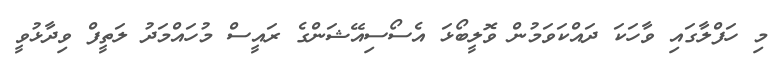
މި ހަފްލާގައި ވާހަކަ ދައްކަވަމުން ވޮލީބޯޅަ އެސޯސިއޭޝަންގެ ރައީސް މުހައްމަދު ލަތީފް ވިދާޅުވީ